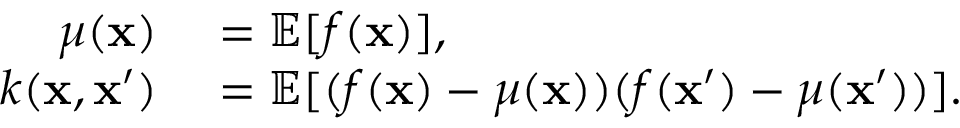
\begin{array} { r l } { \mu ( \mathbf { x } ) } & { { } = \mathbb { E } [ f ( \mathbf { x } ) ] , } \\ { k ( \mathbf { x } , \mathbf { x } ^ { \prime } ) } & { { } = \mathbb { E } [ ( f ( \mathbf { x } ) - \mu ( \mathbf { x } ) ) ( f ( \mathbf { x } ^ { \prime } ) - \mu ( \mathbf { x } ^ { \prime } ) ) ] . } \end{array}